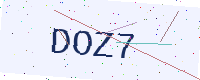
Text: DOZ7